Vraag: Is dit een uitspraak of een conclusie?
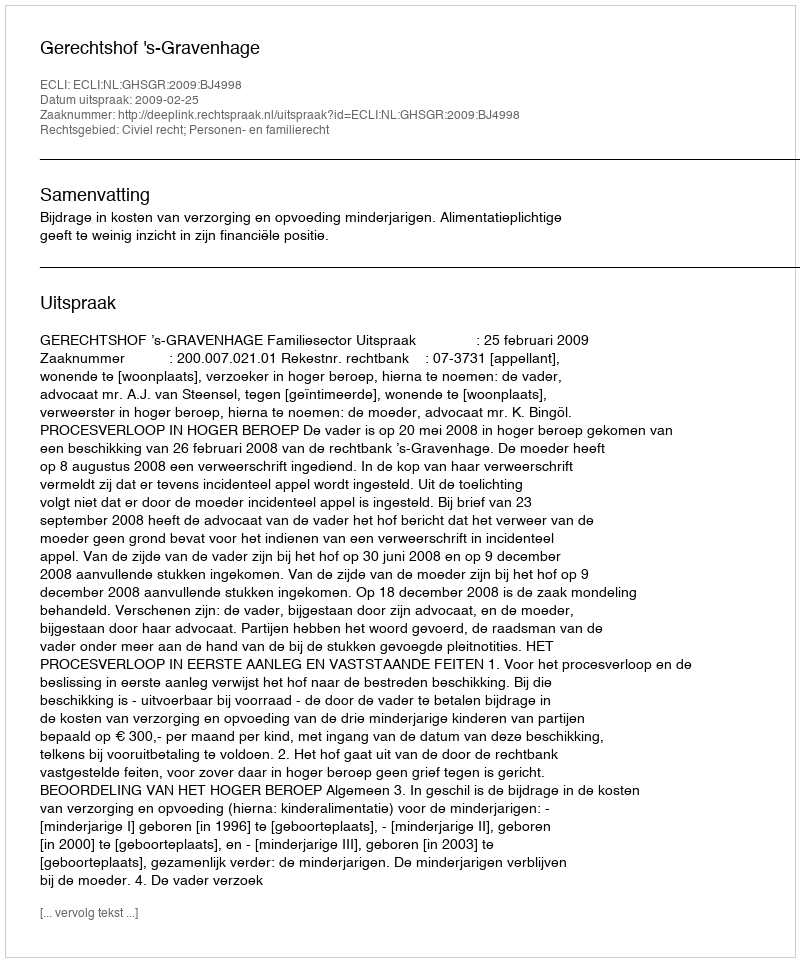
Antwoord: Uitspraak